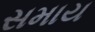
સમાય